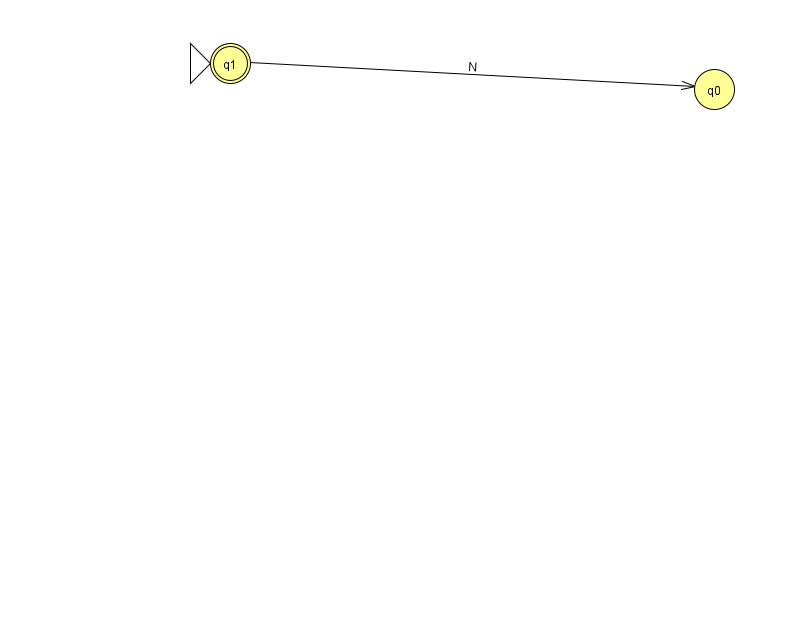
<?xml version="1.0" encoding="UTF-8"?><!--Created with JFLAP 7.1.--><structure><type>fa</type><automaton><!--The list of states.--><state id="0" name="q0"><x>714.0</x><y>76.0</y></state><state id="1" name="q1"><x>230.0</x><y>50.0</y><initial/><final/></state><!--The list of transitions.--><transition><from>1</from><to>0</to><read>N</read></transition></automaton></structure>